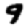
Digit: 9